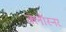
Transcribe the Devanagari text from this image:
क्लॉस्नर